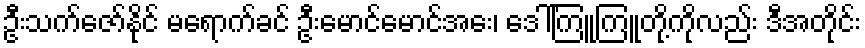
ဦးသက်ဇော်နိုင် မရောက်ခင် ဦးမောင်မောင်အေး၊ ဒေါ်ကြူကြူတို့ကိုလည်း ဒီအတိုင်း